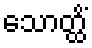
သောတ္ထိံ